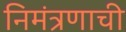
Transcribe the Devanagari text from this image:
निमंत्रणाची